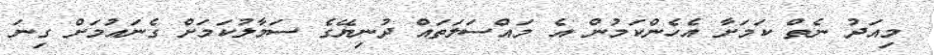
މިއަދު ނެތް ކަމަށާ އެހެންކަމުން އެ މައްސަލަތައް ދުނިޔޭގެ ސަމާލުކަމަށް ގެނައުމަށް ގިނަ